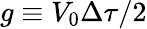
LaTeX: g\equiv V_{0}\Delta\tau/2